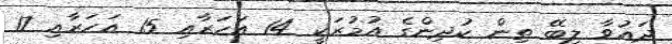
ދައުވާ ލިބޭ ތިން ކުދިންގެ އުމުރަކީ 14 އަހަރާއި 15 އަހަރާއި 17